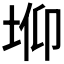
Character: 𰉫